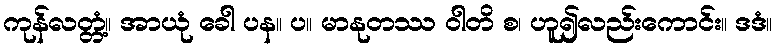
ကုန်လတ္တံ့။ အာယုံ ခေါ ပန။ ပ။ မာနုတဿ ဝါတိ စ၊ ဟူ၍လည်းကောင်း။ ဒဒံ။